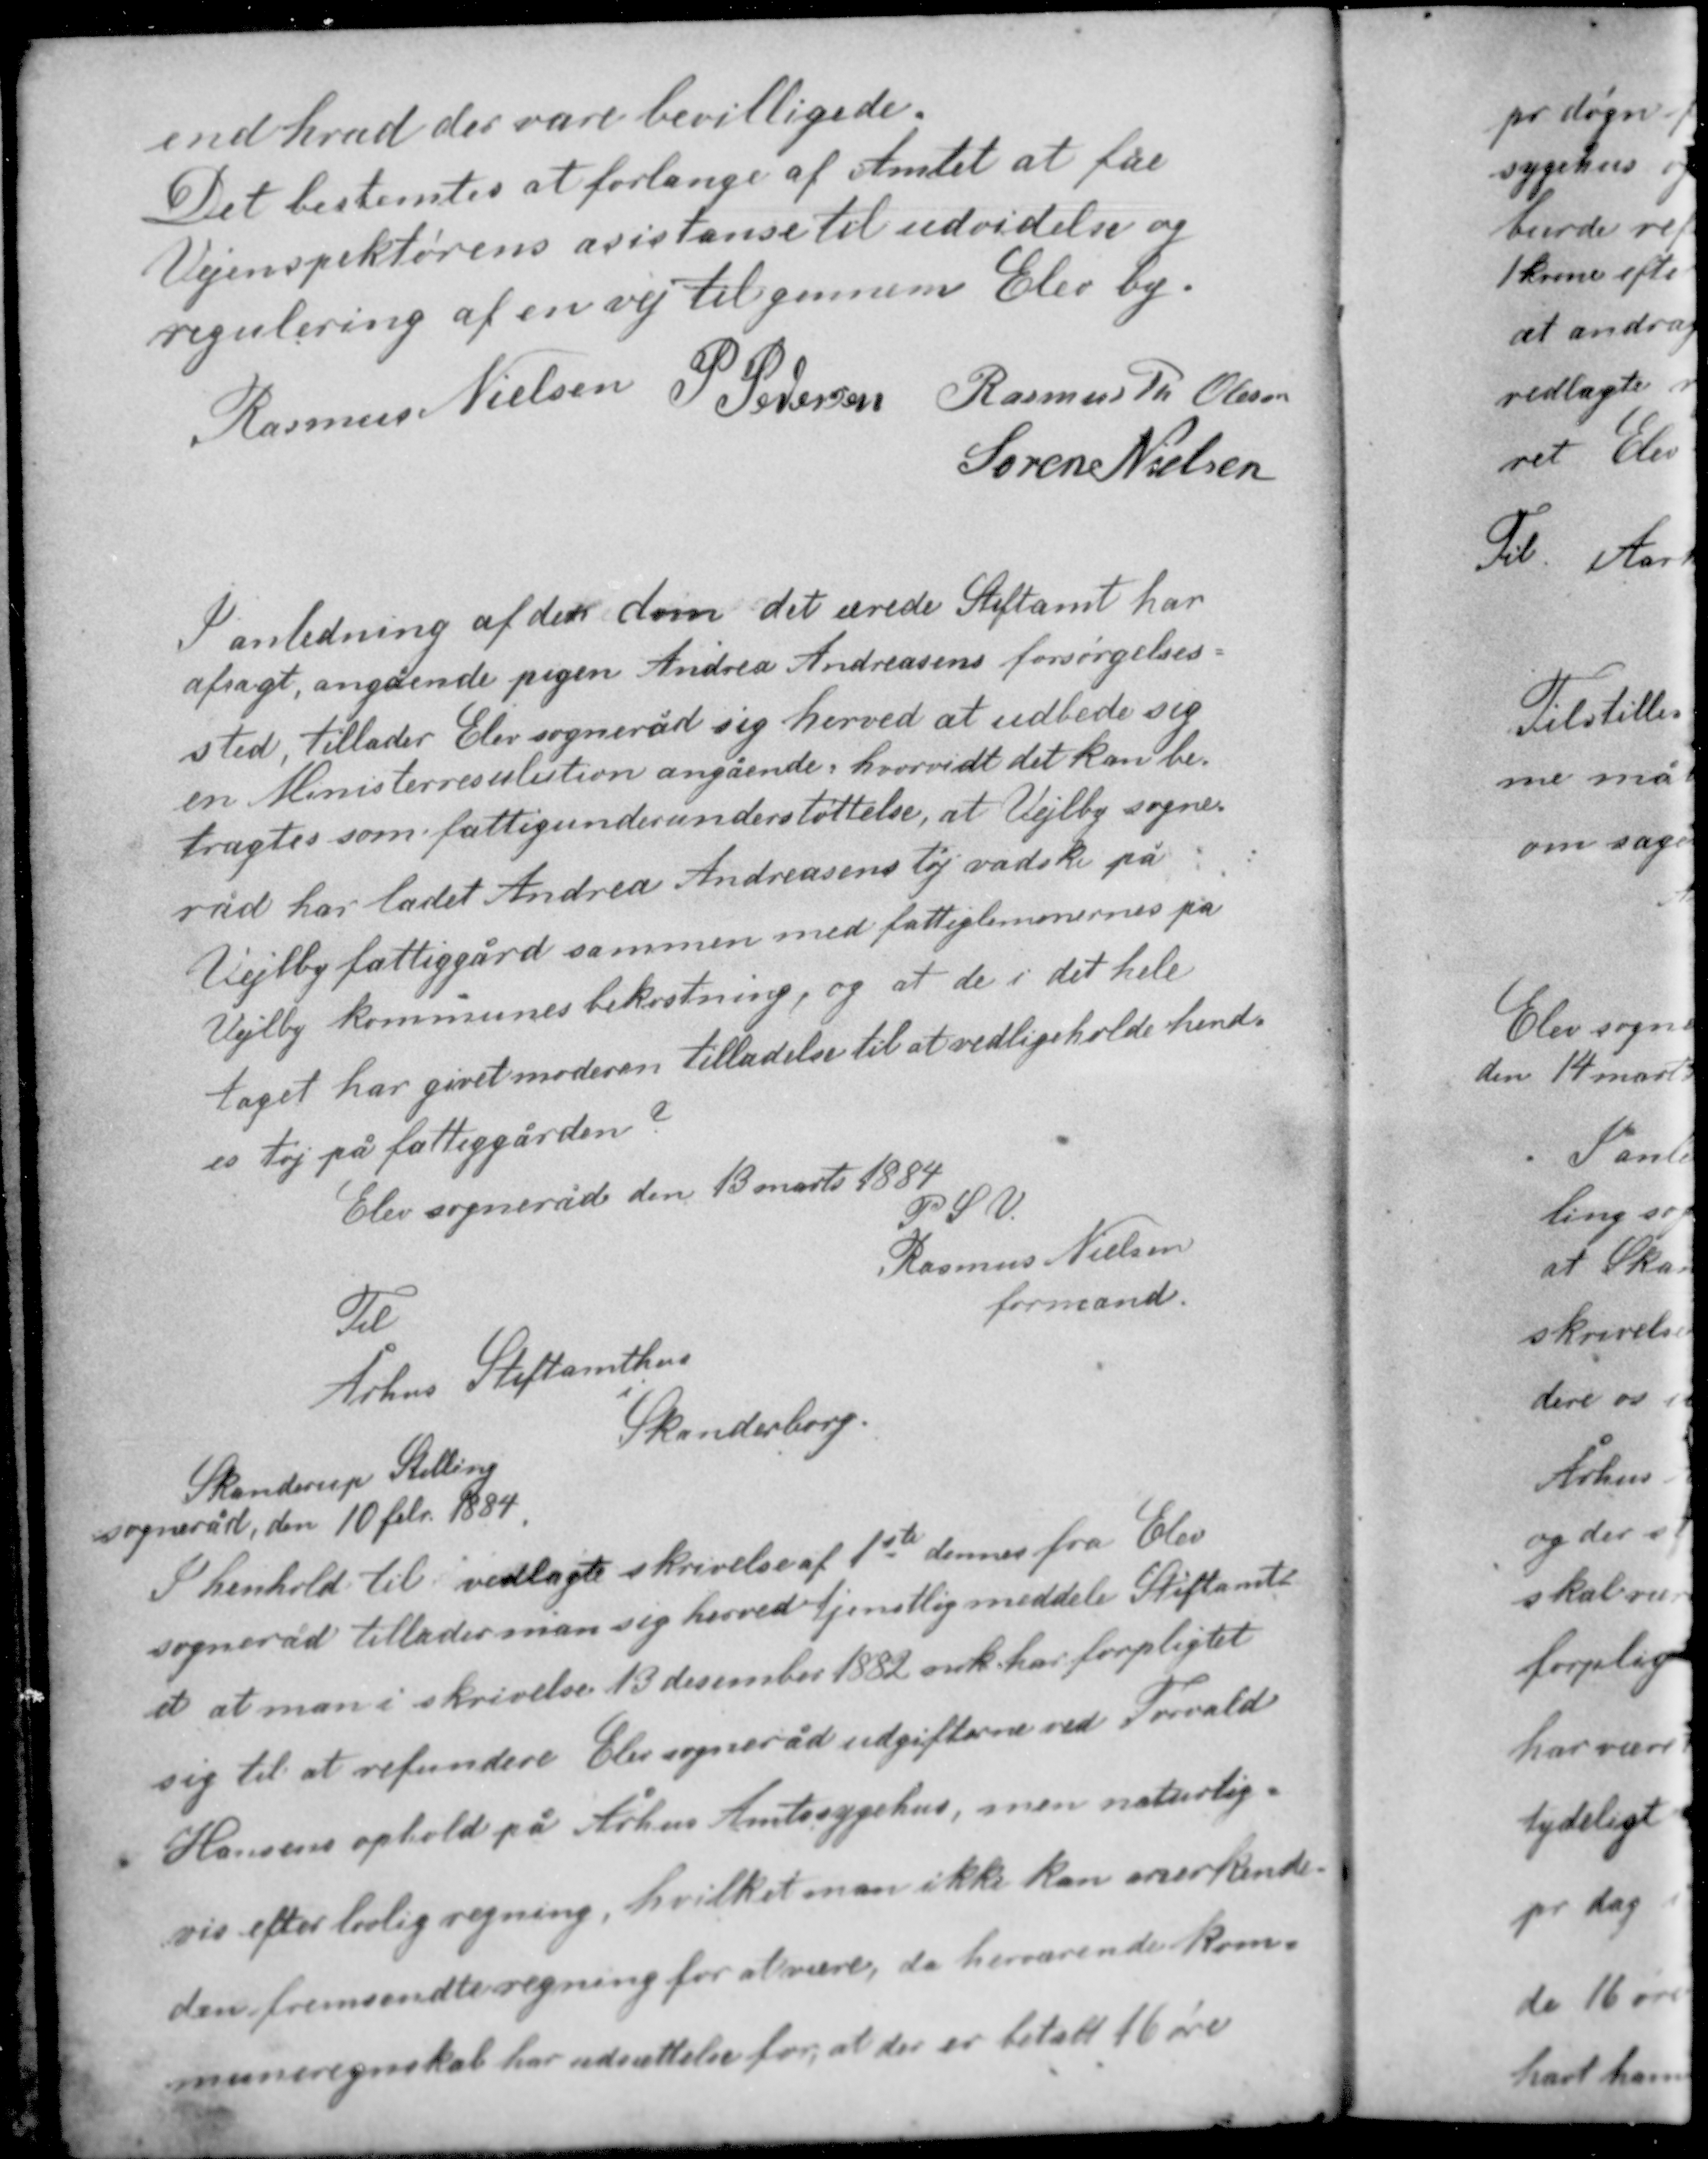
Transskription:
end hvad der vare bevilligede.
Det bestemtes at forlange af Amtet at fåe
Vejinspektørens asistanse til udvidelse og
regulering af en vej til gennem Elev by.

P. Pedersen Rasmus Th. Olesen
Rasmus Nielsen
Søren Nielsen

I anledning af den dom det ærede Stiftamt har
afsagt, angående pigen Andrea Andreasens forsørgelses-
sted, tillader Elev sogneråd sig herved at udbede sig
en Ministerresulution angående, hvorvidt det kan be-
tragtes som fattigunderstøttelse, at Vejlby sogne-
råd har ladet Andrea Andreasens tøj vadske på
Vejlby fattiggård sammen med fattiglemmernes på
Vejlby kommunes bekostning, og at de i det hele
taget har givet moderen tilladelse til at veligeholde hend-
es tøj på tøj på fattiggården?

Elev sogneråd den 13 marts 1884
P. S. V.
Rasmus Nielsen
formand

Til
Århus Stiftamthus
Skanderborg

Skanderup Stilling
sogneråd, den 10 feb. 1884

I henhold til vedlagte skrivelse af 1ste dennes fra Elev
sogneråd tillader man sig herved tjenstlig meddelele Stiftamt-
et at man i skrivelse 13 december 1882 nok har forpligtet
sig til at refundere Elev sogneråd udgifterne ved Torvald
Hansens ophold på Århus Amtssygehus, men natrulig-
vis efter lovlig regning, hvilket man ikke kan anerkende
den fremsendte regning for at være, da herværende kom-
muneregnskab har udsættelse for at der er betalt 16 øre